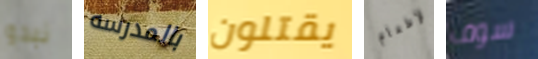
نبدو بالمدرسه يقتلون لإطعام سوف